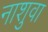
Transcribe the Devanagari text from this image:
नाशुवा